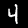
Label: 4